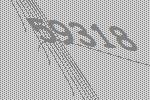
59318